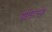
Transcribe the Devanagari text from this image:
पोलात्स्क